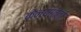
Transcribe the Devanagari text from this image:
केन्यात्ता